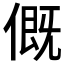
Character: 𠌰